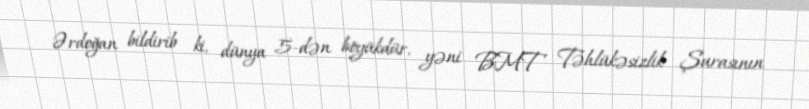
Ərdoğan bildirib ki, dünya 5-dən böyükdür, yəni BMT Təhlükəsizlik Şurasının